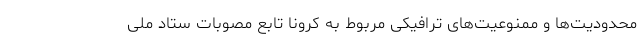
محدودیت‌ها و ممنوعیت‌های ترافیکی مربوط به کرونا تابع مصوبات ستاد ملی